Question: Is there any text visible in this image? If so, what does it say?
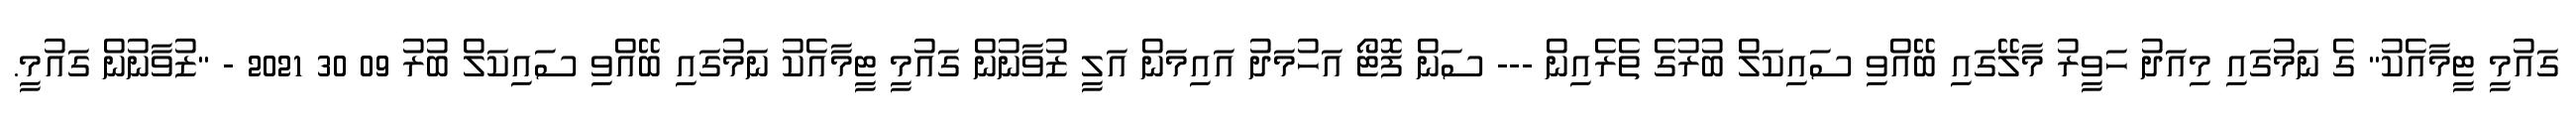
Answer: ގައުމީ ޓީމާއެކު" ގެ ނަމުގައި މިއަދު ހަވީރު މާލޭގައި ބޭއްވި ސައިކަލް ބުރުގެ ތެރެއިން --- ސަން ފޮޓޯ އަހުމަދު އައިމަން އަލީ ޒުވާނުން ގައުމީ ޓީމާއެކު ނަމުގައި ބޭއްވި ސައިކަލް ބުރު 09 30 2021 - "ޒުވާނުން ގައުމީ.